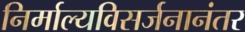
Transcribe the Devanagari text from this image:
निर्माल्यविसर्जनानंतर